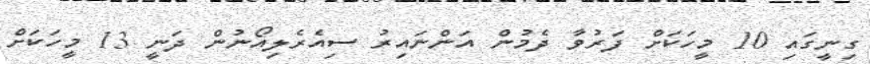
ގިނީގައި 10 މީހަކަށް ފަރުވާ ދެމުން އަންނައިރު ސިއެރެލިއޯނުން ދަނީ 13 މީހަކަށް